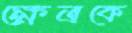
ক্ষেত্রকে